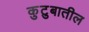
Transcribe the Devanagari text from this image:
कुटुबातील